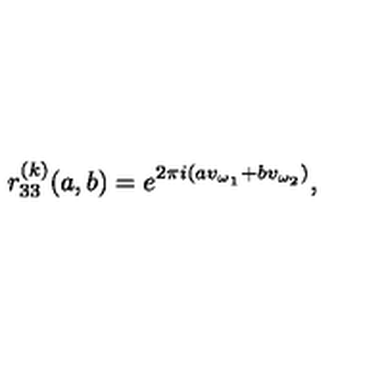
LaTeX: r _ { 3 3 } ^ { ( k ) } ( a , b ) = e ^ { 2 \pi i ( a v _ { \omega _ { 1 } } + b v _ { \omega _ { 2 } } ) } ,